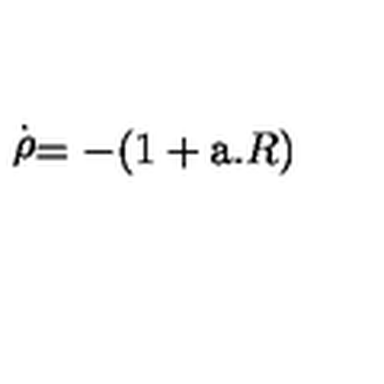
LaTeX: \stackrel { . } { \rho } = - ( 1 + \mathrm { \Large a } . R )